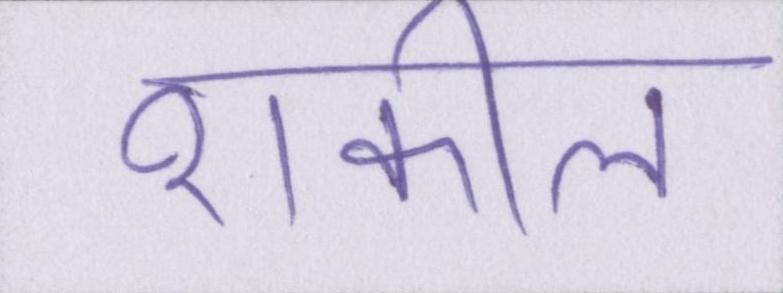
शकील